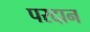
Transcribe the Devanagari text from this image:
परदान